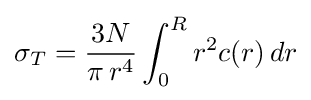
\sigma _{T}={\frac {3N}{\pi \,r^{4}}}\int _{0}^{R}r^{2}c(r)\,dr